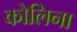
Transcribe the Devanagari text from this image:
कोलिना